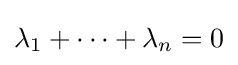
\lambda _{1}+\dots +\lambda _{n}=0